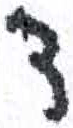
אות: ד